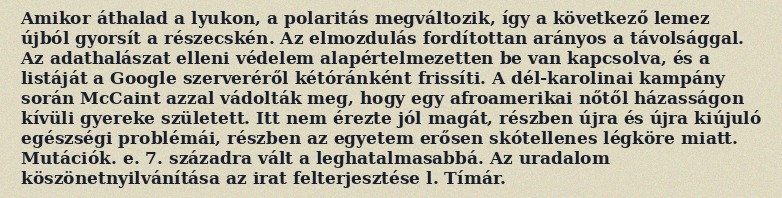
Amikor áthalad a lyukon, a polaritás megváltozik, így a következő lemez újból gyorsít a részecskén. Az elmozdulás fordítottan arányos a távolsággal. Az adathalászat elleni védelem alapértelmezetten be van kapcsolva, és a listáját a Google szerveréről kétóránként frissíti. A dél-karolinai kampány során McCaint azzal vádolták meg, hogy egy afroamerikai nőtől házasságon kívüli gyereke született. Itt nem érezte jól magát, részben újra és újra kiújuló egészségi problémái, részben az egyetem erősen skótellenes légköre miatt. Mutációk. e. 7. századra vált a leghatalmasabbá. Az uradalom köszönetnyilvánítása az irat felterjesztése l. Tímár.